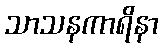
သာသနကာရိနာ